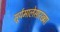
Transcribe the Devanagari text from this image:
सूर्यमालेसारख्या